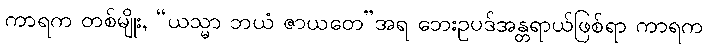
ကာရက တစ်မျိုး, “ယသ္မာ ဘယံ ဇာယတေ”အရ ဘေးဥပဒ်အန္တရာယ်ဖြစ်ရာ ကာရက